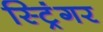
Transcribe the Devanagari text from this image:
स्ट्रिंगर